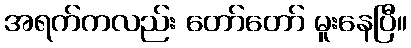
အရက်ကလည်း တော်တော် မူးနေပြီ။